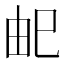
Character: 𭘌